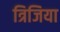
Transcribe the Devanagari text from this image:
त्रिजिया